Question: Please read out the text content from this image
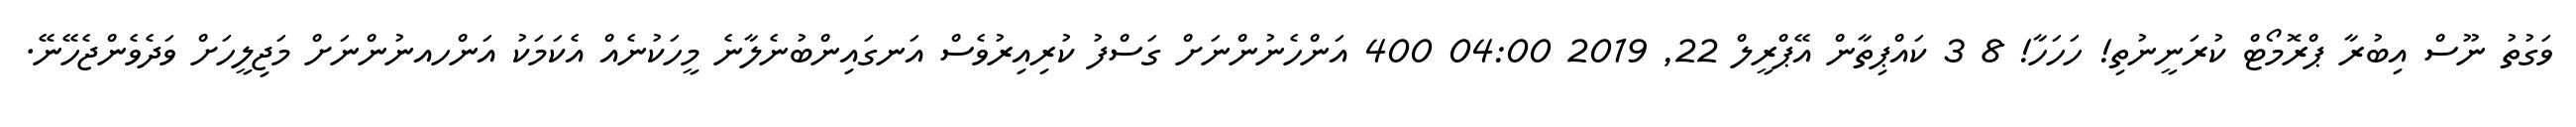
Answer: ވަގުތު ނޫސް އިބުރާ ޕްރޮމޯޓް ކުރަނީނުތި! ހަހަހާ! 8 3 ކައްޕިތާން އޭޕްރީލް 22, 2019 04:00 400 އަންހެނުންނަށް ގަސްފު ކުރިއިރުވެސް އަނގައިންބުނެލާނެ މީހަކުނެއް އެކަމަކު އަންހއނުންނަށް މަޖިލީހަށް ވަދެވެންޖެހޭނޭ.